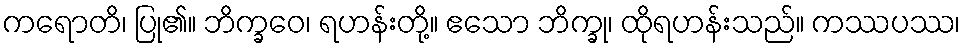
ကရောတိ၊ ပြု၏။ ဘိက္ခဝေ၊ ရဟန်းတို့။ ဧသော ဘိက္ခု၊ ထိုရဟန်းသည်။ ကဿပဿ၊